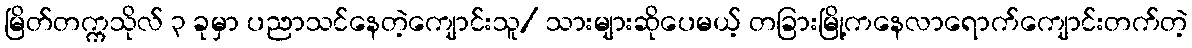
မြိတ်တက္ကသိုလ် ၃ ခုမှာ ပညာသင်နေတဲ့ကျောင်းသူ/ သားများဆိုပေမယ့် တခြားမြို့ကနေလာရောက်ကျောင်းတက်တဲ့